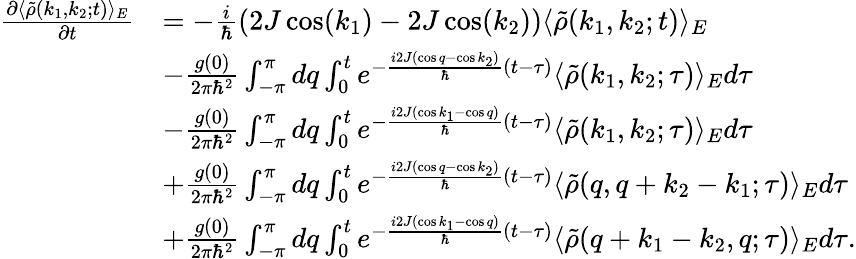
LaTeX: \begin{array}{rl}{\frac{\partial\langle\tilde{\rho}(k_{1},k_{2};t)\rangle_{E}}{\partial t}}&{=-\frac{i}{\hbar}(2J\cos(k_{1})-2J\cos(k_{2}))\langle\tilde{\rho}(k_{1},k_{2};t)\rangle_{E}}\\ &{-\frac{g(0)}{2\pi\hbar^{2}}\int_{-\pi}^{\pi}dq\int_{0}^{t}e^{-\frac{i2J(\cos q-\cos k_{2})}{\hbar}(t-\tau)}\langle\tilde{\rho}(k_{1},k_{2};\tau)\rangle_{E}d\tau}\\ &{-\frac{g(0)}{2\pi\hbar^{2}}\int_{-\pi}^{\pi}dq\int_{0}^{t}e^{-\frac{i2J(\cos k_{1}-\cos q)}{\hbar}(t-\tau)}\langle\tilde{\rho}(k_{1},k_{2};\tau)\rangle_{E}d\tau}\\ &{+\frac{g(0)}{2\pi\hbar^{2}}\int_{-\pi}^{\pi}dq\int_{0}^{t}e^{-\frac{i2J(\cos q-\cos k_{2})}{\hbar}(t-\tau)}\langle\tilde{\rho}(q,q+k_{2}-k_{1};\tau)\rangle_{E}d\tau}\\ &{+\frac{g(0)}{2\pi\hbar^{2}}\int_{-\pi}^{\pi}dq\int_{0}^{t}e^{-\frac{i2J(\cos k_{1}-\cos q)}{\hbar}(t-\tau)}\langle\tilde{\rho}(q+k_{1}-k_{2},q;\tau)\rangle_{E}d\tau.}\end{array}